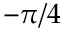
- \pi / 4